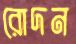
রোদন